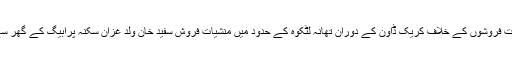
11 جون2018ء) ڈی پی او چترال منصور امان کی ذاتی نگرانی میں جاری منشیات فروشوں کے خلاف کریک ڈاون کے دوران تھانہ لٹکوہ کے حدود میں منشیات فروش سفید خان ولد غزان سکنہ پرابیگ کے گھر سے 1300 گرام چرس ،320 گرام افیون اور 230 عددSMG کے کارتوس برآمد۔